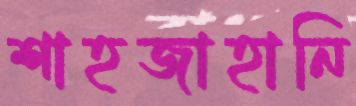
শাহজাহানি